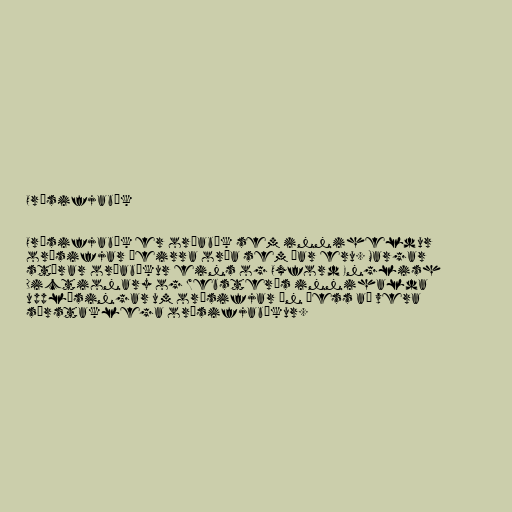
Orðsifjabók

Orðsifjabók er orðabók sem inniheldur
orðsifjar þeirra orða sem þar eru. Margar
stórar orðabækur eins og Oxford English
Dictionary og Webster's innihalda
upplýsingar um orðsifjar án þess að vera
sérstaklega orðsifjabækur.